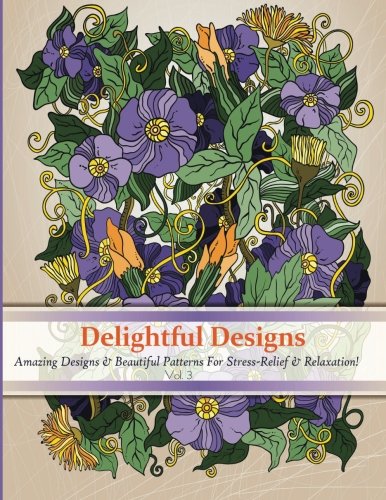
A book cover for Delightful Designs: A colouring Books for Adults featuring Over 30 Amazing Pattern with Beautiful designs (Delightful Designs Coloring Books) (Volume 3); Coloring books For Adults; Arts & Photography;